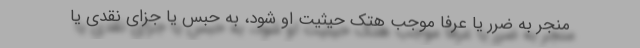
منجر به ضرر یا عرفاً موجب هتک حیثیت او شود، به حبس یا جزای نقدی یا